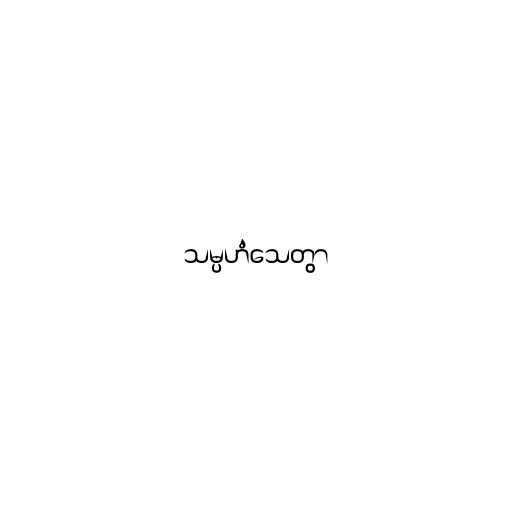
သမ္ပဟံသေတွာ